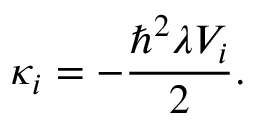
\kappa _ { i } = - \frac { \hbar ^ { 2 } \lambda V _ { i } } { 2 } .